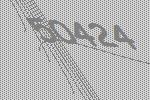
50424